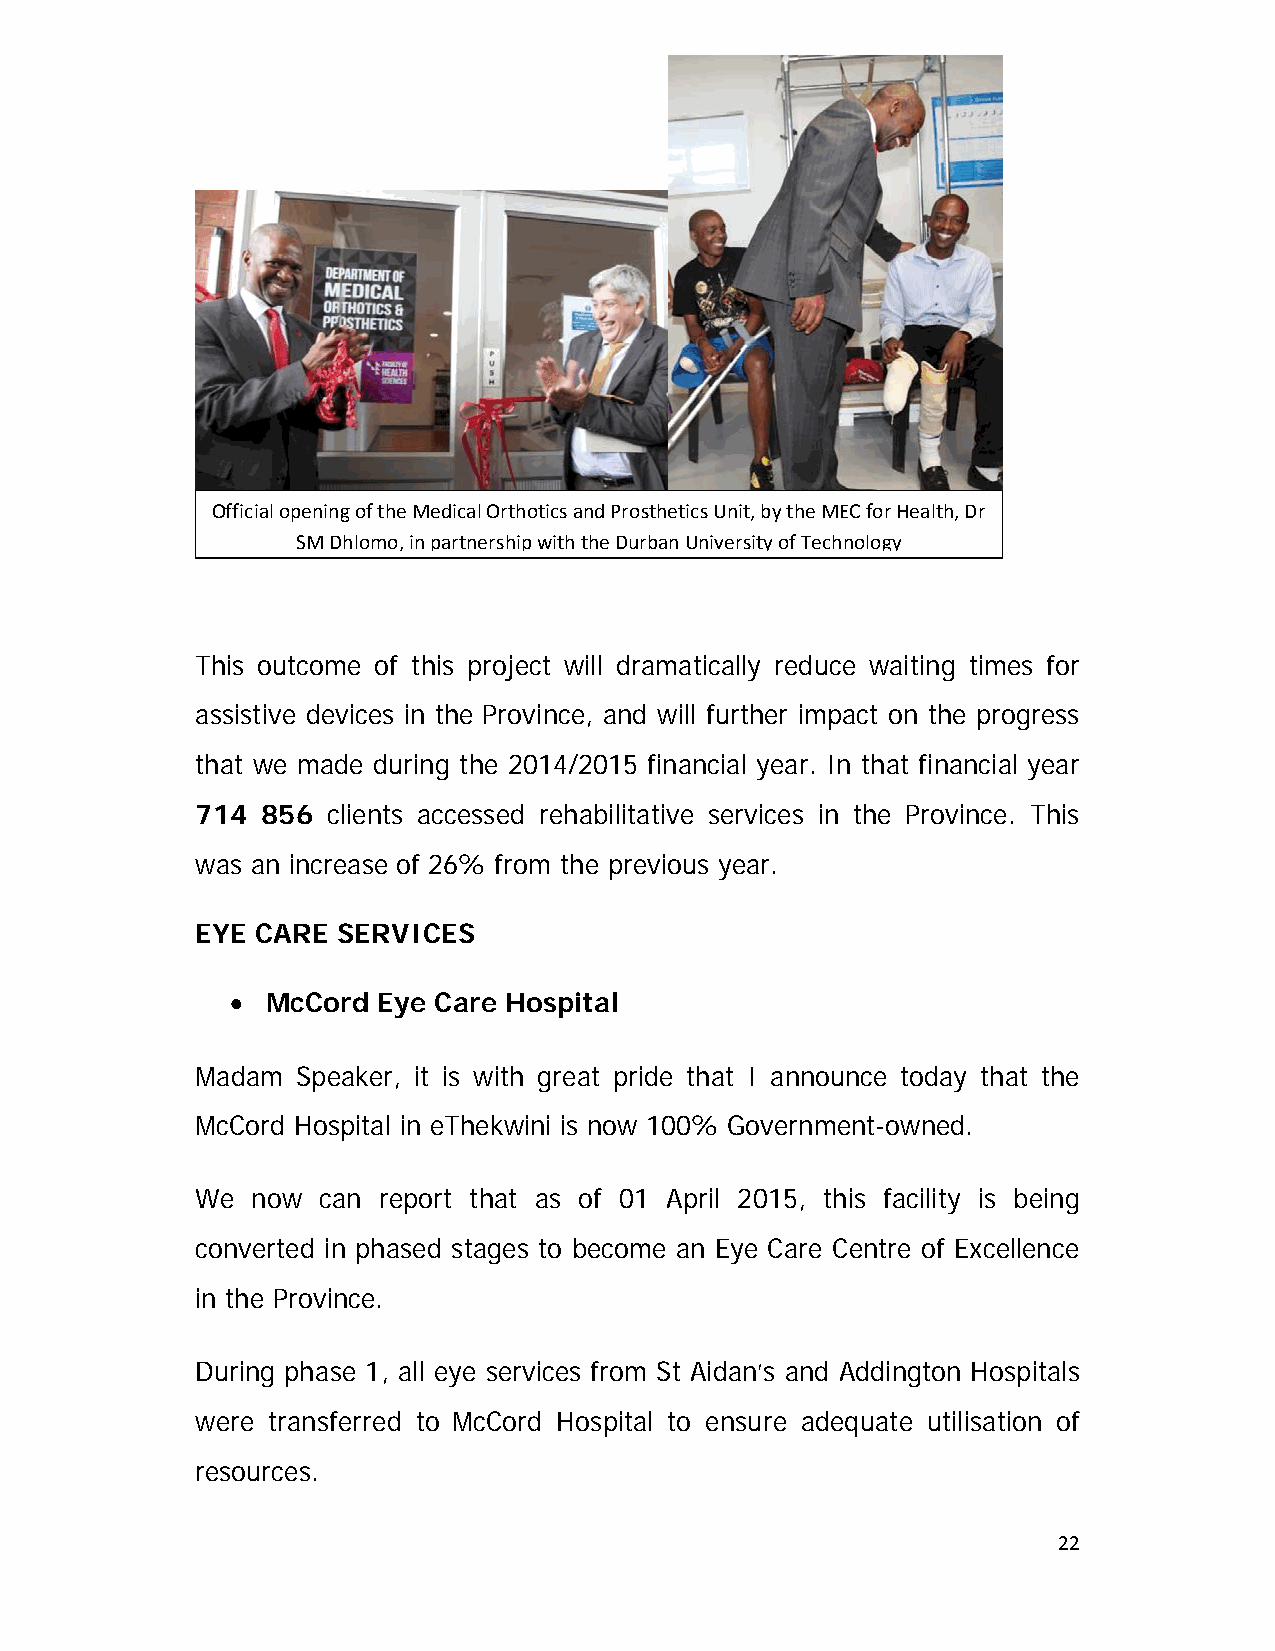
Official opening of the Medical Orthotics and Prosthetics Unit, by the MEC for Health, Dr
 SM Dhlomo, in partnership with the Durban University of Technology
 This outcome of this project will dramatically reduce waiting times for
 assistive devices in the Province, and will further impact on the progress
 that we made during the 2014/2015 financial year. In that financial year
 714 856  clients accessed rehabilitative services in the Province. This
 was an increase of 26% from the previous year.
 EYE CARE SERVICES
   McCord Eye Care Hospital
 Madam  Speaker, it is with great pride that I announce today that the
 McCord Hospital in eThekwini is now 100% Government-owned.
 We  now can report that as of 01 April 2015, this facility is being
 converted in phased stages to become an Eye Care Centre of Excellence
 in the Province.
 During phase 1, all eye services from St Aidan’s and Addington Hospitals
 were transferred to McCord Hospital to ensure adequate utilisation of
 resources.
 22